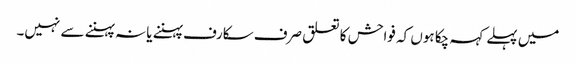
میں پہلے کہہ چکا ہوں کہ فواحش کا تعلق صرف سکارف پہننے یا نہ پہننے سے نہیں۔